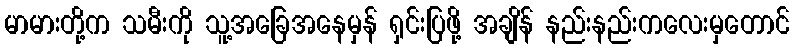
မာမားတို့က သမီးကို သူ့အခြေအနေမှန် ရှင်းပြဖို့ အချိန် နည်းနည်းကလေးမှတောင်